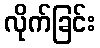
လိုက်ခြင်း